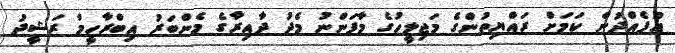
އުފެއްދުން ކަމަށް ރައްޔިތުންގެ މަޖިލީހުގެ މާފަންނު މެދު ދާއިރާގެ މެންބަރު އިބްރާހީމް ރަޝީދު